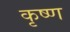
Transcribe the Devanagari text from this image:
कृष्‍ण्‍ा